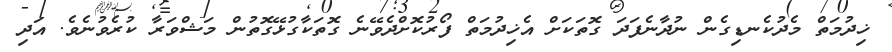
ޚިދުމަތް މެދުކެނޑިގެން ނުދާނެފަދަ ގޮތަކަށް އެޚިދުމަތް ފޯރުކޮށްދެވޭނެ ގޮތަކާގުޅޭގޮތުން މަޝްވަރާ ކުރެވުނެވެ. އަދި